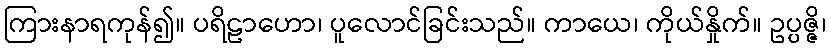
ကြားနာရကုန်၍။ ပရိဠာဟော၊ ပူလောင်ခြင်းသည်။ ကာယေ၊ ကိုယ်နှိုက်။ ဥပ္ပဇ္ဇိ၊